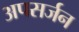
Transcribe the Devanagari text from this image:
अपसर्जन